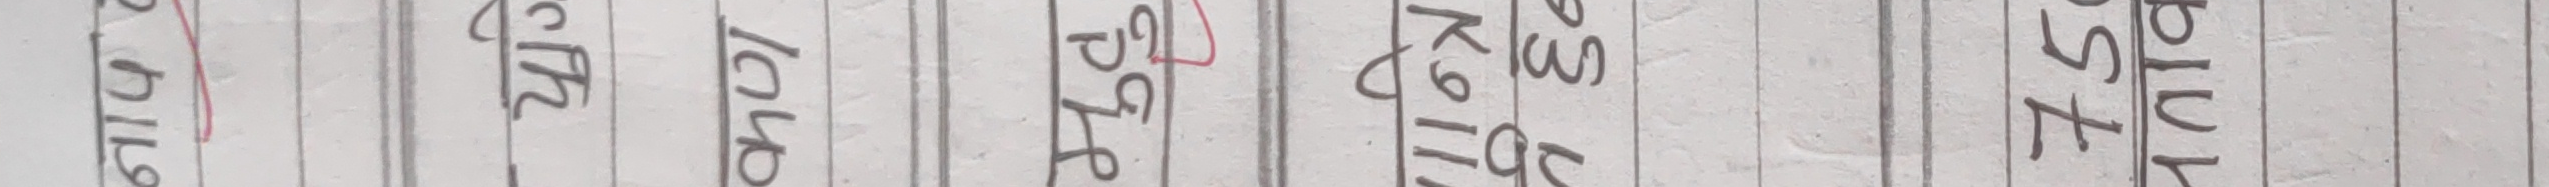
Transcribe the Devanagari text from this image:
प्राइम्स् सिम 1010 पिक केना पिस्ट